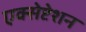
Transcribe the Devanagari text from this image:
एक्सेप्टेशन